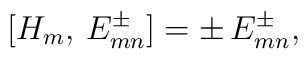
[H_m,\,E^\pm_{mn}]=\pm\,E^\pm_{mn},